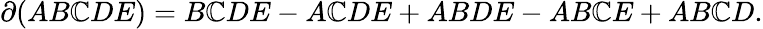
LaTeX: \partial(AB\mathbb{C}DE)=B\mathbb{C}DE-A\mathbb{C}DE+ABDE-AB\mathbb{C}E+AB\mathbb{C}D.